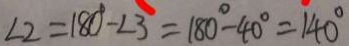
\angle 2 = 1 8 0 ^ { \circ } - \angle 3 = 1 8 0 ^ { \circ } - 4 0 ^ { \circ } = 1 4 0 ^ { \circ }